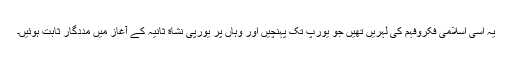
یہ اسی اسلامی فکروفہم کی لہریں تھیں جو یورپ تک پہنچیں اور وہاں پر یورپی نشاة ثانیہ کے آغاز میں مددگار ثابت ہوئیں۔